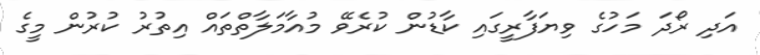
އަދި ރޯދަ މަހުގެ ވިޔަފާރީގައި ކާޑުން ކުރެވޭ މުއާމަލާތްތައް އިތުރު ކުރުން މީގެ